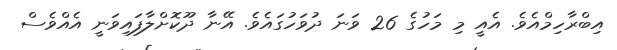
އިބްރާހިމްއެވެ. އެއީ މި މަހުގެ 26 ވަނަ ދުވަހުގައެވެ. އޭނާ ދޫކޮށްލާފައިވަނީ އެއްވެސް